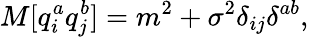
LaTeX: M[q_{i}^{a}q_{j}^{b}]=m^{2}+\sigma^{2}\delta_{ij}\delta^{ab},